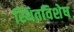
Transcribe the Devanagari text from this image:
स्थितविशेष